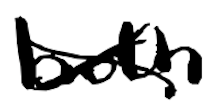
Text: both
Cross-out: cross
Writing tool: digital_black